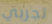
تجربي